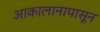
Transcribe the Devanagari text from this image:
आकालानापासून